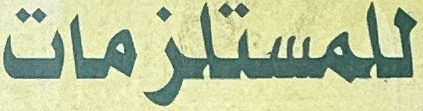
للمستلزمات